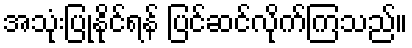
အသုံးပြုနိုင်ရန် ပြင်ဆင်လိုက်ကြသည်။